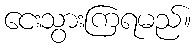
ငေးသွားကြရမည်။